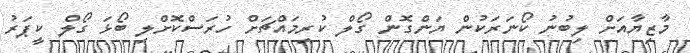
މާޒިޔާއަށް ލިބުނު ކޯނަރަކުން ޔަންގޮން ގޯލް ކުރިމައްޗަށް ހުރަސްކޮށްލި ބޯޅަ ގޯލް ކީޕަރު